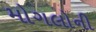
મોગલોની